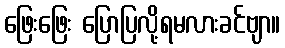
ဖြေးဖြေး ပြောပြလို့ရမလားခင်ဗျာ။